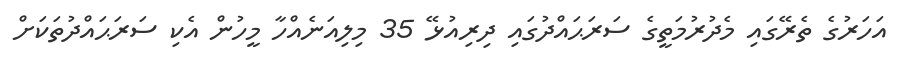
އަހަރުގެ ތެރޭގައި މެދުރުމަތީގެ ސަރަޙައްދުގައި ދިރިއުޅޭ 35 މިލިއަނެއްހާ މީހުން އެކި ސަރަޙައްދުތަކަށް